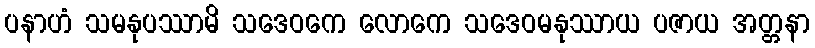
ပနာဟံ သမနုပဿာမိ သဒေဝကေ လောကေ သဒေဝမနုဿာယ ပဇာယ အတ္တနာ